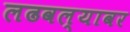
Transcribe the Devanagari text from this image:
लढवल्यावर